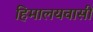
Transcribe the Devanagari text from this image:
हिमालयवासी